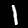
Digit: 1